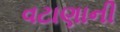
વટાણાની